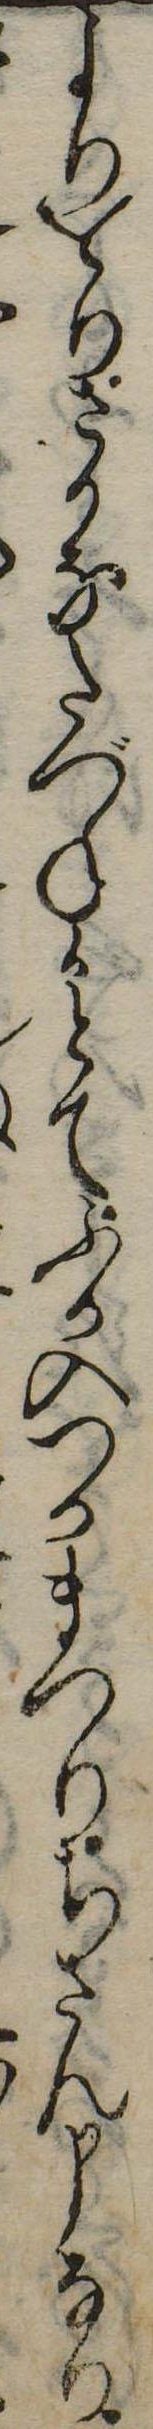
よりをりざかなたづね候とてふか入つかまつりちさん申なり